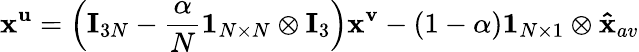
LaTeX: \mathbf{x}^{\mathbf{u}}=\left(\mathbf{I}_{3N}-\frac{\alpha}{N}\mathbf{1}_{N\times N}\otimes\mathbf{I}_{3}\right)\mathbf{x}^{\mathbf{v}}-(1-\alpha)\mathbf{1}_{N\times 1}\otimes\mathbf{\hat{x}}_{av}